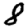
Digit: 8